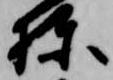
棟